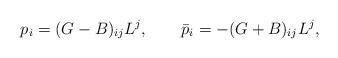
LaTeX: \begin{align*}p_i=(G-B)_{ij}L^j,\qquad \bar{p}_i=-(G+B)_{ij}L^j ,\end{align*}